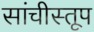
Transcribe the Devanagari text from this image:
सांचीस्तूप